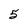
Character: 5